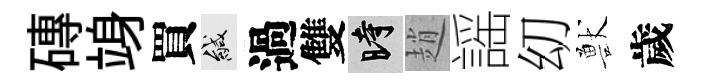
磚竧買緘過雙时趙謡㓜獸歲